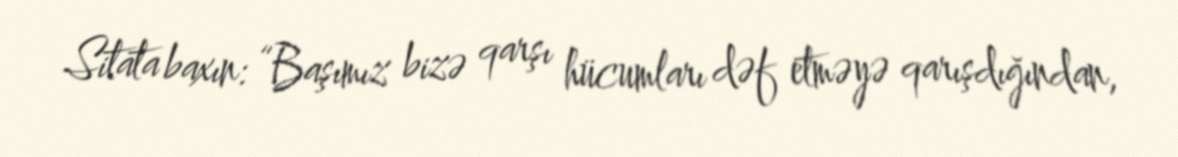
Sitata baxın: “Başımız bizə qarşı hücumları dəf etməyə qarışdığından,